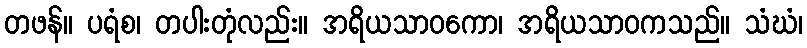
တဖန်။ ပရံစ၊ တပါးတုံလည်း။ အရိယသာဝကော၊ အရိယသာဝကသည်။ သံဃံ၊